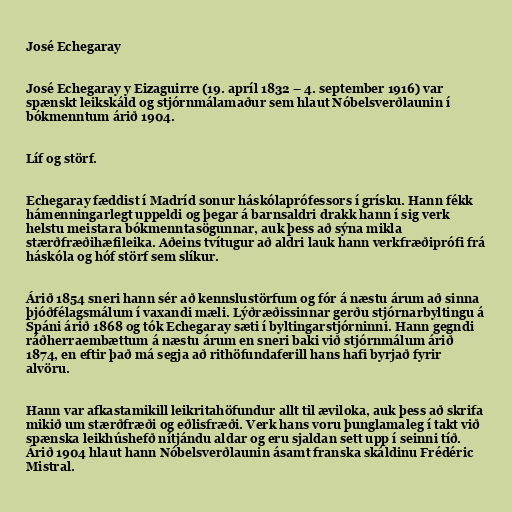
José Echegaray

José Echegaray y Eizaguirre (19. apríl 1832 – 4. september 1916) var
spænskt leikskáld og stjórnmálamaður sem hlaut Nóbelsverðlaunin í
bókmenntum árið 1904.

Líf og störf.

Echegaray fæddist í Madríd sonur háskólaprófessors í grísku. Hann fékk
hámenningarlegt uppeldi og þegar á barnsaldri drakk hann í sig verk
helstu meistara bókmenntasögunnar, auk þess að sýna mikla
stærðfræðihæfileika. Aðeins tvítugur að aldri lauk hann verkfræðiprófi frá
háskóla og hóf störf sem slíkur.

Árið 1854 sneri hann sér að kennslustörfum og fór á næstu árum að sinna
þjóðfélagsmálum í vaxandi mæli. Lýðræðissinnar gerðu stjórnarbyltingu á
Spáni árið 1868 og tók Echegaray sæti í byltingarstjórninni. Hann gegndi
ráðherraembættum á næstu árum en sneri baki við stjórnmálum árið
1874, en eftir það má segja að rithöfundaferill hans hafi byrjað fyrir
alvöru.

Hann var afkastamikill leikritahöfundur allt til æviloka, auk þess að skrifa
mikið um stærðfræði og eðlisfræði. Verk hans voru þunglamaleg í takt við
spænska leikhúshefð nítjándu aldar og eru sjaldan sett upp í seinni tíð.
Árið 1904 hlaut hann Nóbelsverðlaunin ásamt franska skáldinu Frédéric
Mistral.